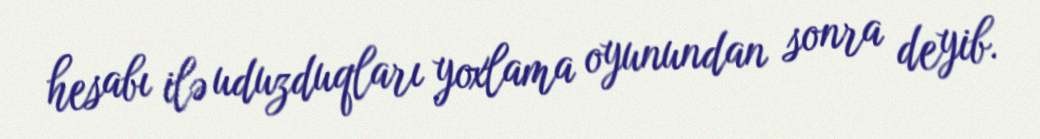
hesabı ilə uduzduqları yoxlama oyunundan sonra deyib.